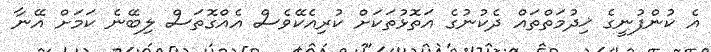
އެ ކުންފުނީގެ ޚިދުމަތްތައް ދެކުނުގެ އަތޮޅުތަކަށް ކުރިއެކޭވެސް އެއްގޮތަސް ލިބޭނެ ކަމަށް އޭނާ